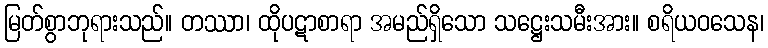
မြတ်စွာဘုရားသည်။ တဿာ၊ ထိုပဋာစာရာ အမည်ရှိသော သဋ္ဌေးသမီးအား။ စရိယဝသေန၊